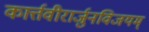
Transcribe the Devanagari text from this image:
कार्त्तवीरार्जुनविजयम्